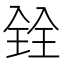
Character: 𫤪